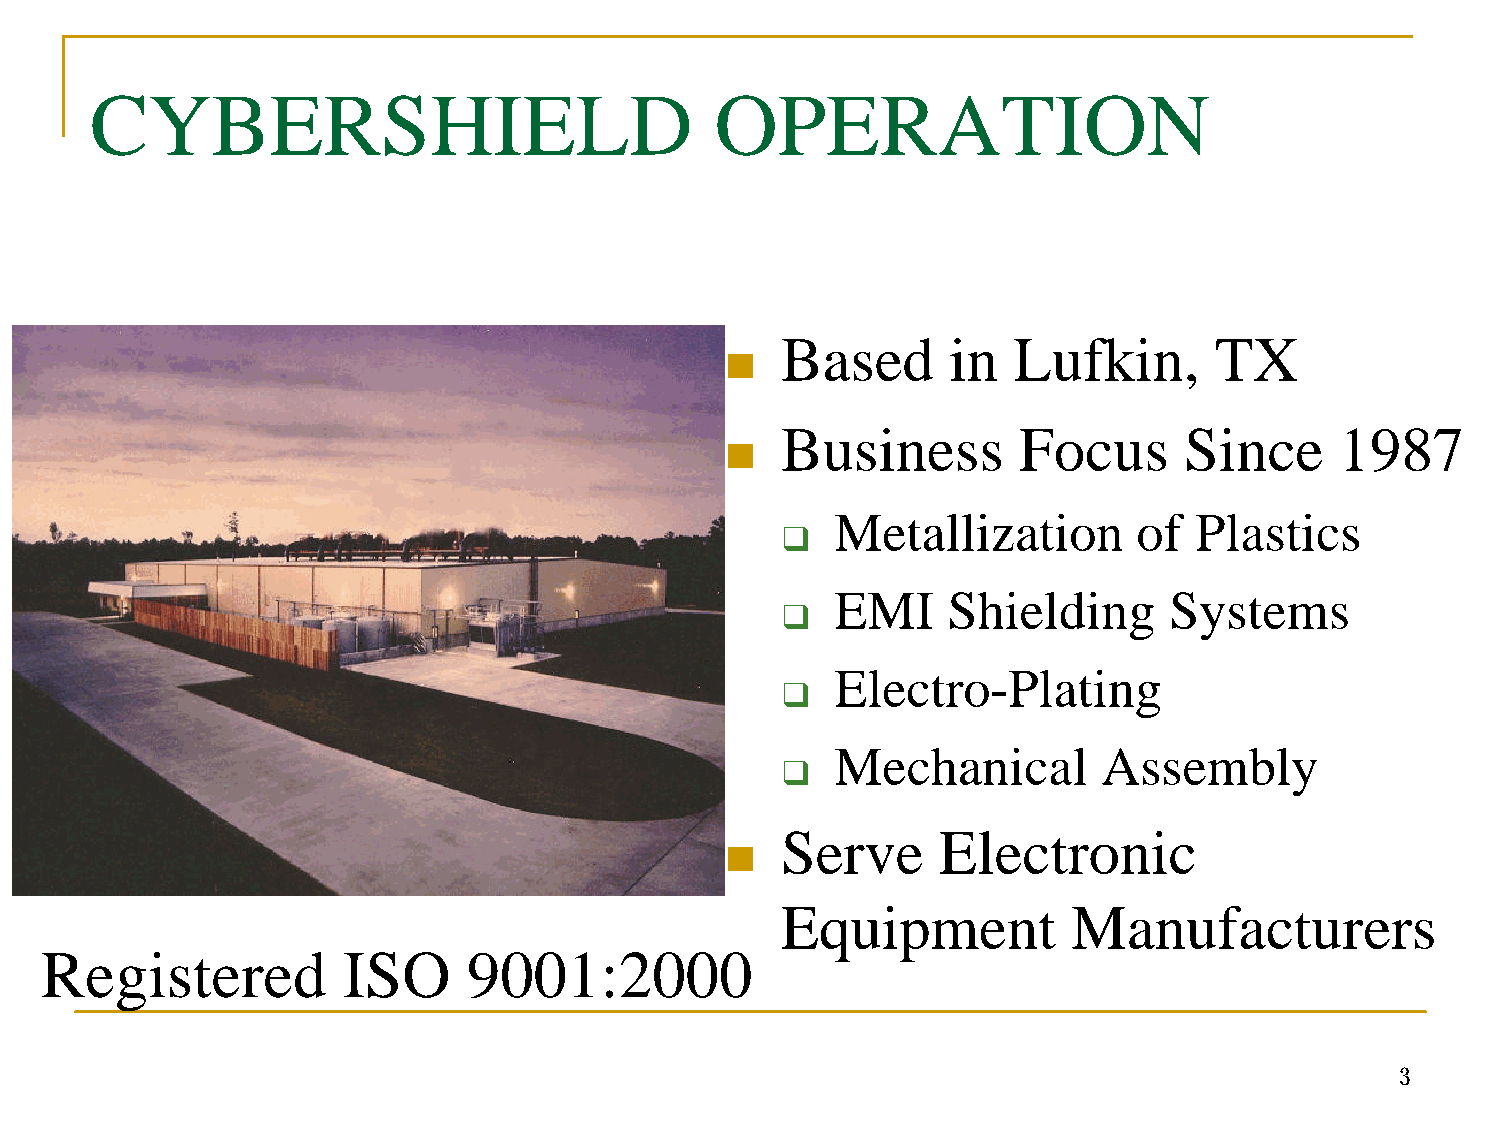
CYBERSHIELD                              OPERATION
 Based      in  Lufkin,      TX
 n
 Business       Focus      Since      1987
 n
 Metallization       of  Plastics
 q
 EMI     Shielding     Systems
 q
 Electro-Plating
 q
 Mechanical        Assembly
 q
 Serve     Electronic
 n
 Equipment          Manufacturers
 Registered          ISO     9001:2000
 3